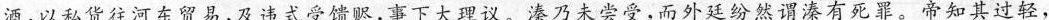
酒。以私货往河东贸易，及违式受馈赆，事下大理议。溱乃未尝受，而外廷纷然谓溱有死罪。帝知其过轻，